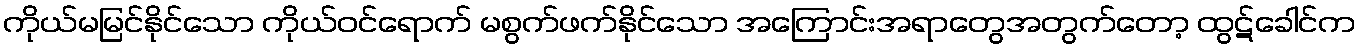
ကိုယ်မမြင်နိုင်သော ကိုယ်ဝင်ရောက် မစွက်ဖက်နိုင်သော အကြောင်းအရာတွေအတွက်တော့ ထွဋ်ခေါင်က